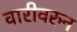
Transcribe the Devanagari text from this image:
वारीवरुन